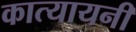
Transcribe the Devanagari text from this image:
कात्‍यायनी